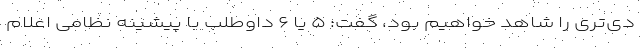
دی‌تری را شاهد خواهیم بود، گفت: ۵ یا ۶ داوطلب با پیشینه نظامی اعلام